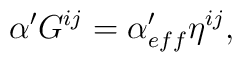
\alpha' G^{ij} =\alpha'_{eff}\eta ^{ij},